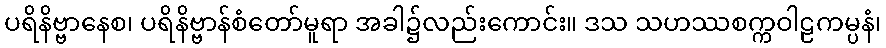
ပရိနိဗ္ဗာနေစ၊ ပရိနိဗ္ဗာန်စံတော်မူရာ အခါ၌လည်းကောင်း။ ဒသ သဟဿစက္ကဝါဠကမ္ပနံ၊